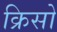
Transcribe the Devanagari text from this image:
क्रिसो